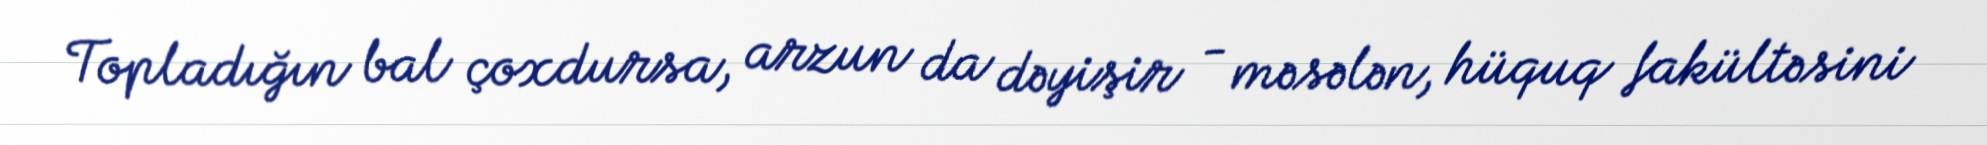
Topladığın bal çoxdursa, arzun da dəyişir - məsələn, hüquq fakültəsini